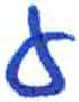
אות: ע